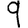
Digit: 9